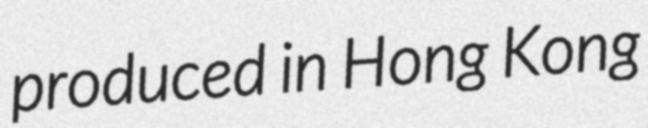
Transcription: produced in Hong Kong